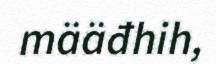
määđhih,